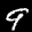
Label: 9